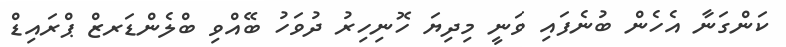
ކަންގަނާ އެހެން ބުނެފައި ވަނީ މިދިޔަ ހޮނިހިރު ދުވަހު ބޭއްވި ބްލެންޑަރޒް ޕްރައިޑް